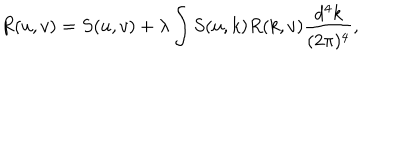
LaTeX: R ( u , v ) = S ( u , v ) + \lambda \int S ( u , k ) R ( k , v ) \frac { d ^ { 4 } k } { ( 2 \pi ) ^ { 4 } } ,